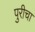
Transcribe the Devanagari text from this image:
पुरीचा